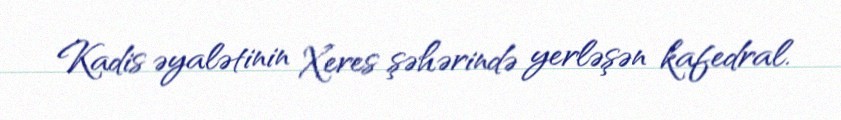
Kadis əyalətinin Xeres şəhərində yerləşən kafedral.